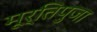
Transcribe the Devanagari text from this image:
मूर्तिपुजा